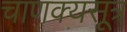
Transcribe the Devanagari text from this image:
चाणक्यसूत्र